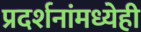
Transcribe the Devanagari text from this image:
प्रदर्शनांमध्येही